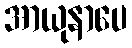
အာယုနာပေ